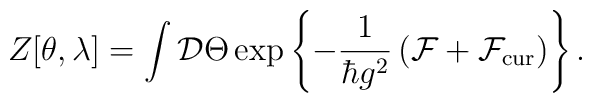
Z[\theta,\lambda] = \int {\cal D}\Theta\exp\left\{-\frac{1}{\hbar g^2}\left({\cal F} + {\cal F}_{\rm cur}\right)\right\}.